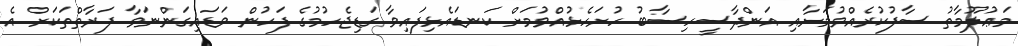
މަޢުލޫމާތު ސާފުކުރެއްވުމަށާއި އަންދާސީހިސާބު ހުށަހެޅުއްވުމަށް ކަނޑައެޅިފައިވާ ގަޑިޖެހުމުގެ ފަހުން ވަޑައިގަންނަވާ ފަރާތްތަކަށް އެ